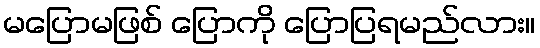
မပြောမဖြစ် ပြောကို ပြောပြရမည်လား။